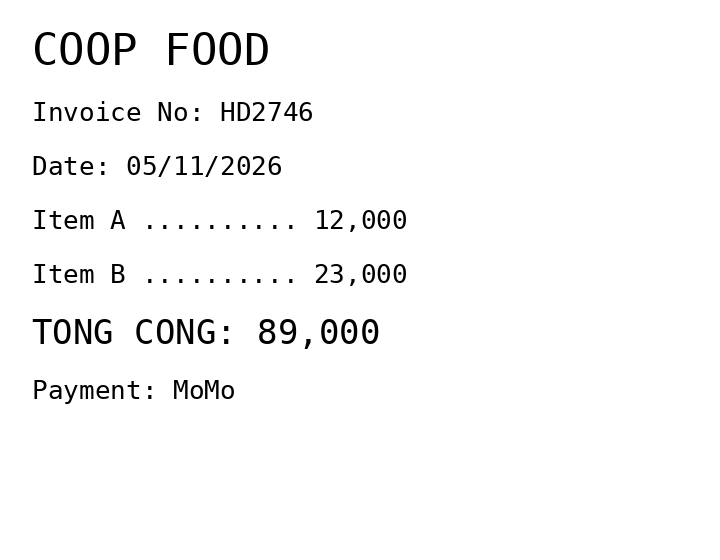
COOP FOOD
Invoice No: HD2746
Date: 05/11/2026
Item A .......... 12,000
Item B .......... 23,000
TONG CONG: 89,000
Payment: MoMo
Merchant: coop food
Date: 2026-11-05
Total: 89000
Invoice No: HD2746
Payment method: MOMO